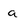
Character: a